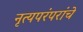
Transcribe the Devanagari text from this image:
नृत्यपरंपरांचे